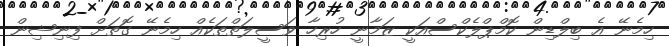
ހިމެނޭ އެ ބިލްޑިން ކޮމްޕްލެކްސްއަކީ ޒަމާނީ ހުރިހާ ވަސީލަތްތަކެއް ހިމެނޭ ގޮތަށް ފިނިޝިން